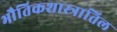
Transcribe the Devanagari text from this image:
भौतिकशास्त्रातिल